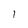
Character: l